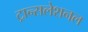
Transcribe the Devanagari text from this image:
ट्रान्सलेशनल